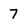
Character: 7